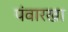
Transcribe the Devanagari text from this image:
पंवारखा